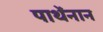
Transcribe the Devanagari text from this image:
पाथेंनान